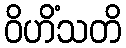
ဝိဟိံသတိ